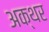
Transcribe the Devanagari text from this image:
अक्थर